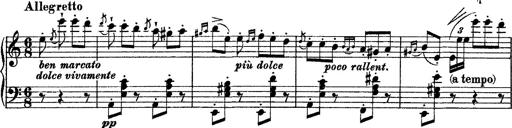
Title: Grande fantasie di bravura sur La clochette
Composer: Franz Liszt
Key: A minor